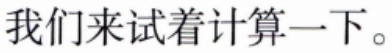
我们来试着计算一下。